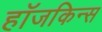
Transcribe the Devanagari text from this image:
हॉजकिन्स